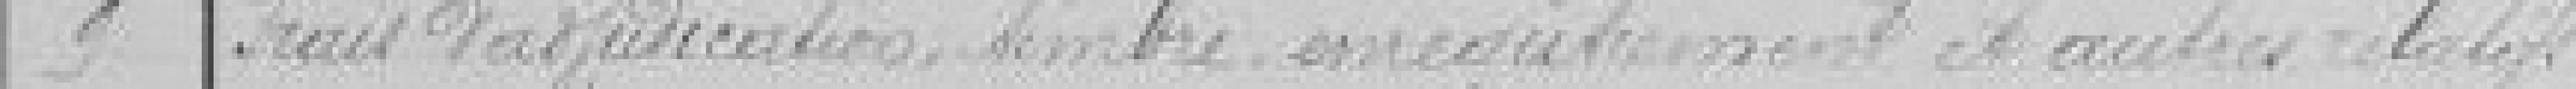
9 Frais vérification, timbre, enregistrement et autres relatifs